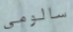
سالومي